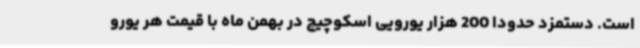
است. دستمزد حدودا 200 هزار یورویی اسکوچیچ در بهمن ماه با قیمت هر یورو